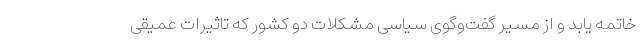
خاتمه یابد و از مسیر گفت‌وگوی سیاسی مشکلات دو کشور که تاثیرات عمیقی